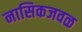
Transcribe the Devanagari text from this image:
नासिकजवळ